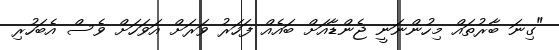
"ގިނަ ބާރުތައް މިހުންނަނީ ޖެންޑާއަށް ބައެއް ފަހަރު ވަރަށް އަވަހަށް ވެސް އެބަހުރި